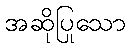
အဆိုပြုသော